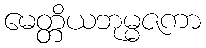
မေတ္တိယဘုမ္မဇကာ